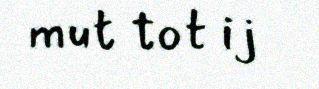
mut tot ij